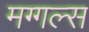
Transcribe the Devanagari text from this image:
मग्गल्स